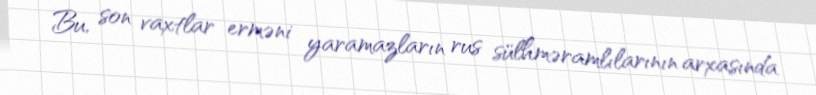
Bu, son vaxtlar erməni yaramazların rus sülhməramlılarının arxasında